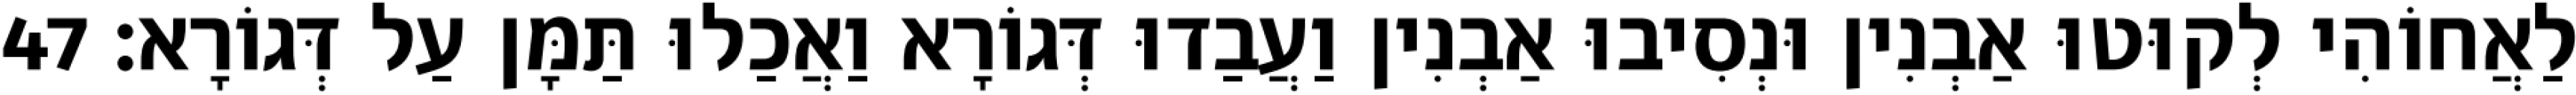
לַאֲחוֹהִי לְקוּטוּ אַבְנִין וּנְסִיבוּ אַבְנִין וַעֲבַדוּ דְּגוֹרָא וַאֲכַלוּ תַּמָּן עַל דְּגוֹרָא׃ 47